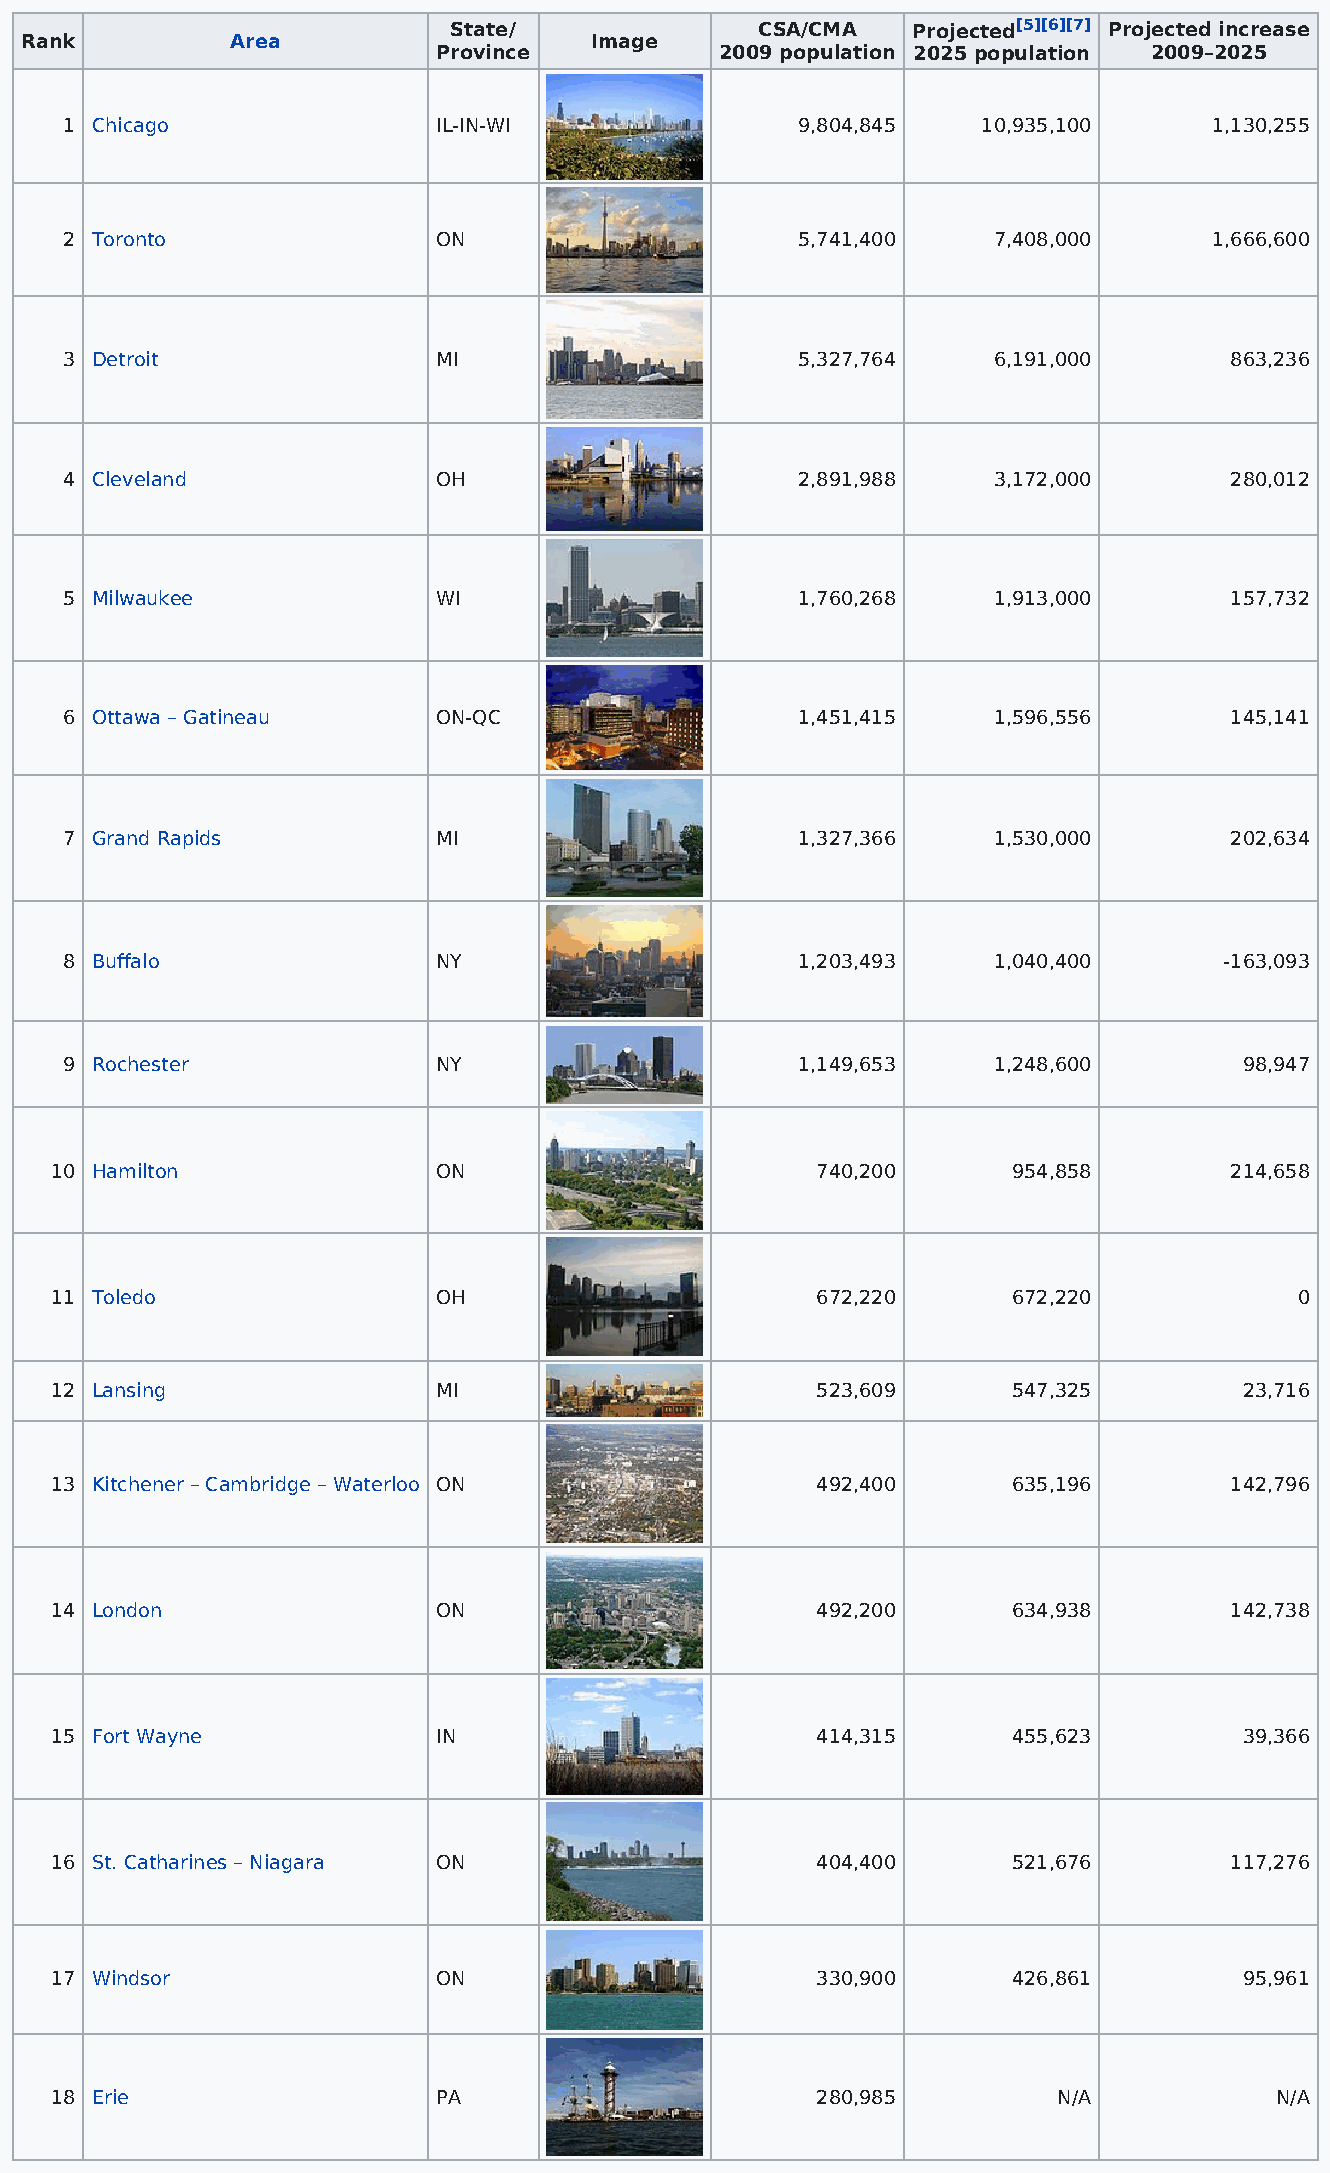
State/              CSA/CMA   Projected[5][6][7] Projected increase
 Rank          Area                    Image
 Province           2009 population 2025 population 2009–2025
 1 Chicago                IL-IN-WI                9,804,845   10,935,100     1,130,255
 2 Toronto                ON                      5,741,400    7,408,000     1,666,600
 3 Detroit                MI                      5,327,764    6,191,000      863,236
 4 Cleveland              OH                      2,891,988    3,172,000      280,012
 5 Milwaukee              WI                      1,760,268    1,913,000      157,732
 6 Ottawa – Gatineau      ON-QC                   1,451,415    1,596,556      145,141
 7 Grand Rapids           MI                      1,327,366    1,530,000      202,634
 8 Buffalo                NY                      1,203,493    1,040,400      -163,093
 9 Rochester              NY                      1,149,653    1,248,600       98,947
 10 Hamilton               ON                       740,200      954,858       214,658
 11 Toledo                 OH                       672,220      672,220            0
 12 Lansing                MI                       523,609      547,325        23,716
 13 Kitchener – Cambridge – Waterloo ON             492,400      635,196       142,796
 14 London                 ON                       492,200      634,938       142,738
 15 Fort Wayne             IN                       414,315      455,623        39,366
 16 St. Catharines – Niagara ON                     404,400      521,676       117,276
 17 Windsor                ON                       330,900      426,861        95,961
 18 Erie                   PA                       280,985         N/A           N/A